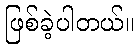
ဖြစ်ခဲ့ပါတယ်။